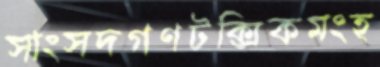
সাংসদগণটক্সিকমংহ